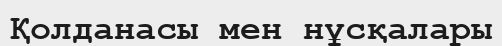
Қолданасы мен нұсқалары